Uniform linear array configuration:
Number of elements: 64
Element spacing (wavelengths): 0.25
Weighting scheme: hann
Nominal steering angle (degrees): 0
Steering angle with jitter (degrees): -0.6093
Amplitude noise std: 0.05
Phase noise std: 0.05

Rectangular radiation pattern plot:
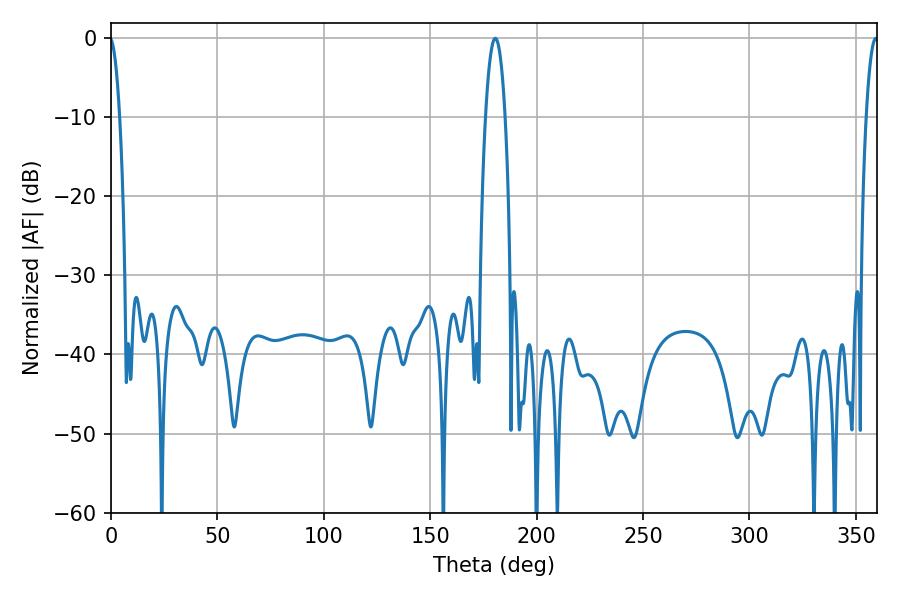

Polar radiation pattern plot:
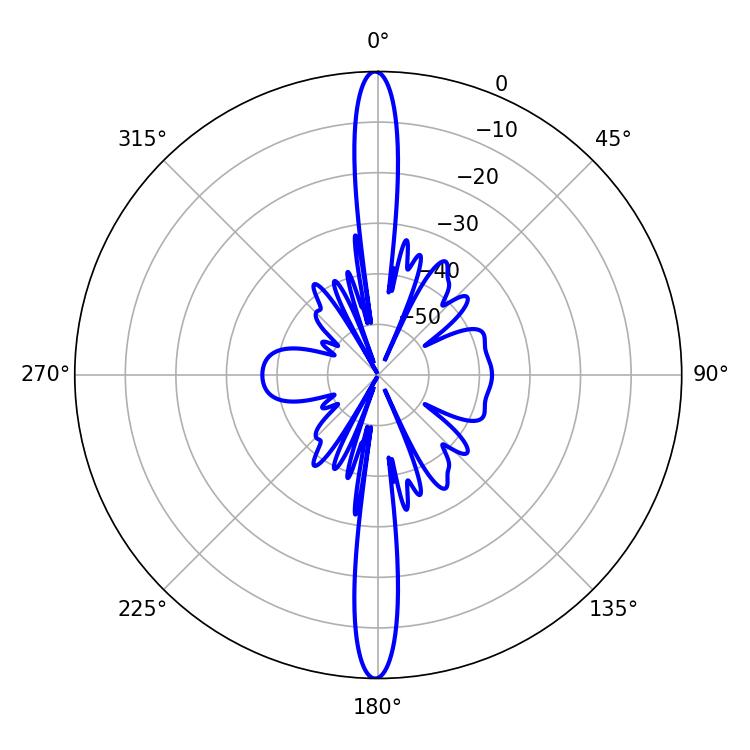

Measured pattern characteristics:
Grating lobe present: FALSE
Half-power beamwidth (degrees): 5.04
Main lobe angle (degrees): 180.54